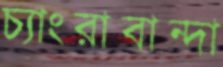
চ্যাংরাবান্দা